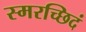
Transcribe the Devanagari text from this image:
स्मरच्छिदं